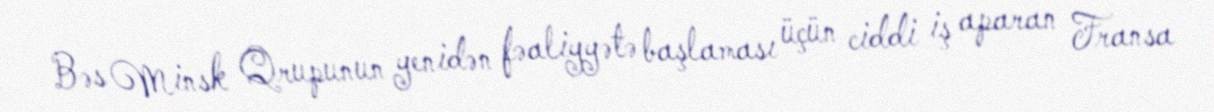
Bəs Minsk Qrupunun yenidən fəaliyyətə başlaması üçün ciddi iş aparan Fransa